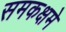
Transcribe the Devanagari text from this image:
समकक्षमे